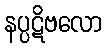
နပ္ပဋိဗလော